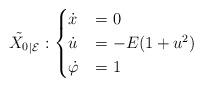
LaTeX: \begin{align*}\tilde {X_0}_{\vert \mathcal{E}} :\begin{cases}\dot x &= 0 \\\dot u &= -E(1+u^2 )\\\dot \varphi &= 1\end{cases}\end{align*}